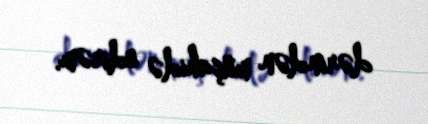
dərindən müşahidə edirəm.